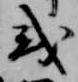
或